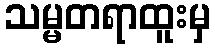
သမ္မတရာထူးမှ